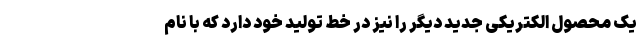
یک محصول الکتریکی جدید دیگر را نیز در خط تولید خود دارد که با نام